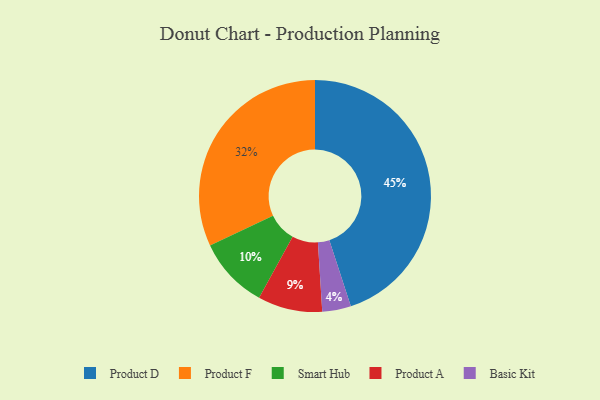
{"axis": {"x": "Category", "y": "Percentage"}, "legend": ["Basic Kit", "Product A", "Product D", "Product F", "Smart Hub"], "data": [{"x": "Basic Kit", "y": 4, "type": "Basic Kit"}, {"x": "Smart Hub", "y": 10, "type": "Smart Hub"}, {"x": "Product D", "y": 45, "type": "Product D"}, {"x": "Product F", "y": 32, "type": "Product F"}, {"x": "Product A", "y": 9, "type": "Product A"}]}